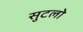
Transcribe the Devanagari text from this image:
सुटलो